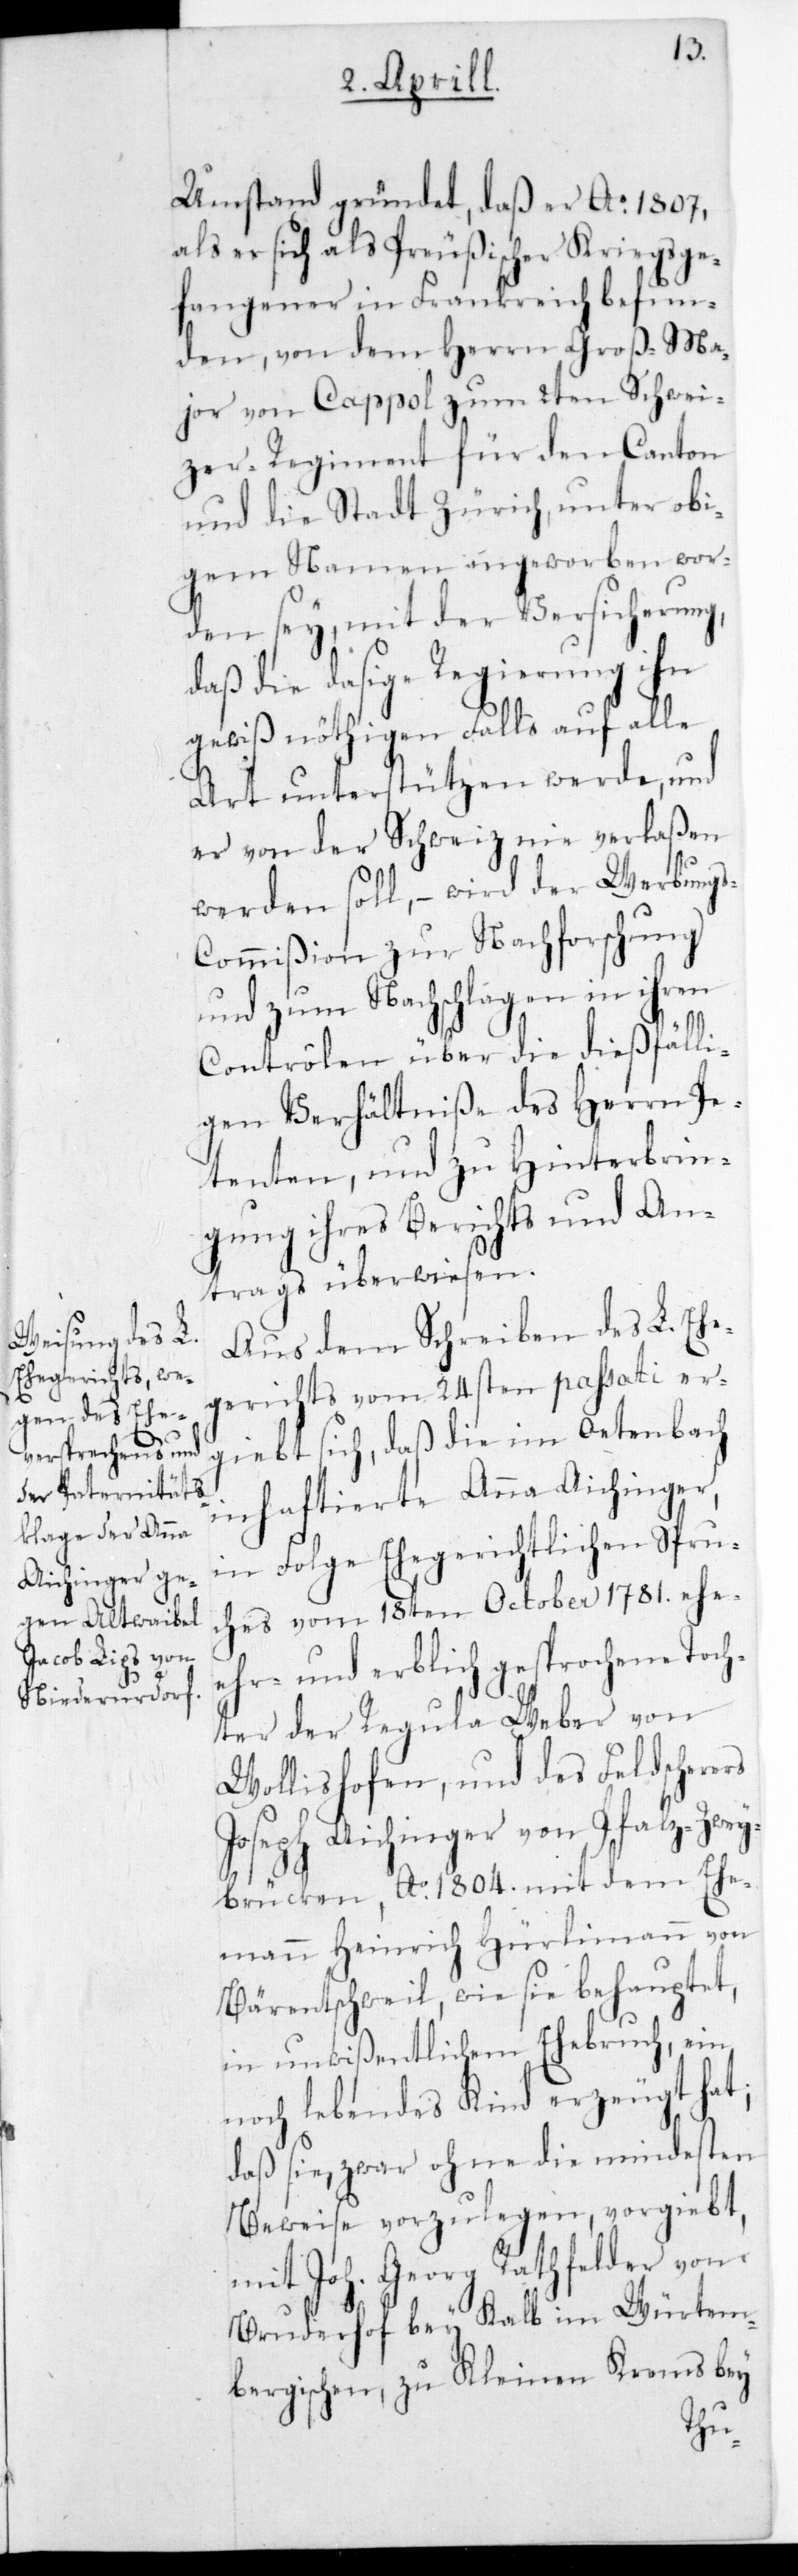
Umstand gründet, daß er Ao. 1807,
als er sich als Preußischer Kriegsge¬
fangener in Frankreich befun¬
den, von dem Herrn Groß-Ma¬
jor von Cappol zum 2ten Schwei¬
zer Regiment für den Canton
und die Stadt Zürich, unter obi¬
gem Namen angeworben wor¬
den sey, mit der Versicherung,
daß die dasige Regierung ihn
gewiß nöthigen Falls auf alle
Art unterstützen werde, und
er von der Schweiz nie verlaßen
werden soll, – wird der Werbung¬
s-Commißion zur Nachforschung
und zum Nachschlagen in ihren
Contrôlen über die dießfälli¬
gen Verhältniße des Herrn Pe¬
tenten, und zu Hinterbrin¬
gung ihres Berichts und An¬
trags überwiesen.
Aus dem Schreiben des L. Ehe¬
gerichts vom 24sten passati er¬
gibt sich, daß die im Oetenbach
inhaftierte Anna Aichinger,
in Folge Ehegerichtlichen Spru¬
ches vom 18ten October 1781. ehe-[,]
ehr- und erblich gesprochene Toch¬
ter der Regula Weber von
Wollishofen, und des Feldscherers
Joseph Aichinger von Pfalz-Zwey¬
brücken, Ao. 1804. mit dem Ehe¬
mann Heinrich Hürlimann von
Bärentschweil, wie sie behauptet,
in unwißentlichem Ehebruch, ein
noch lebendes Kind erzeugt hat;
daß sie, zwar ohne die mindesten
Beweise vorzulegen, vorgibt,
mit Joh. Georg Rathfelder von
Bruderhof bey Kalb im Würtem¬
bergischen, zu Kleinen Krems bey